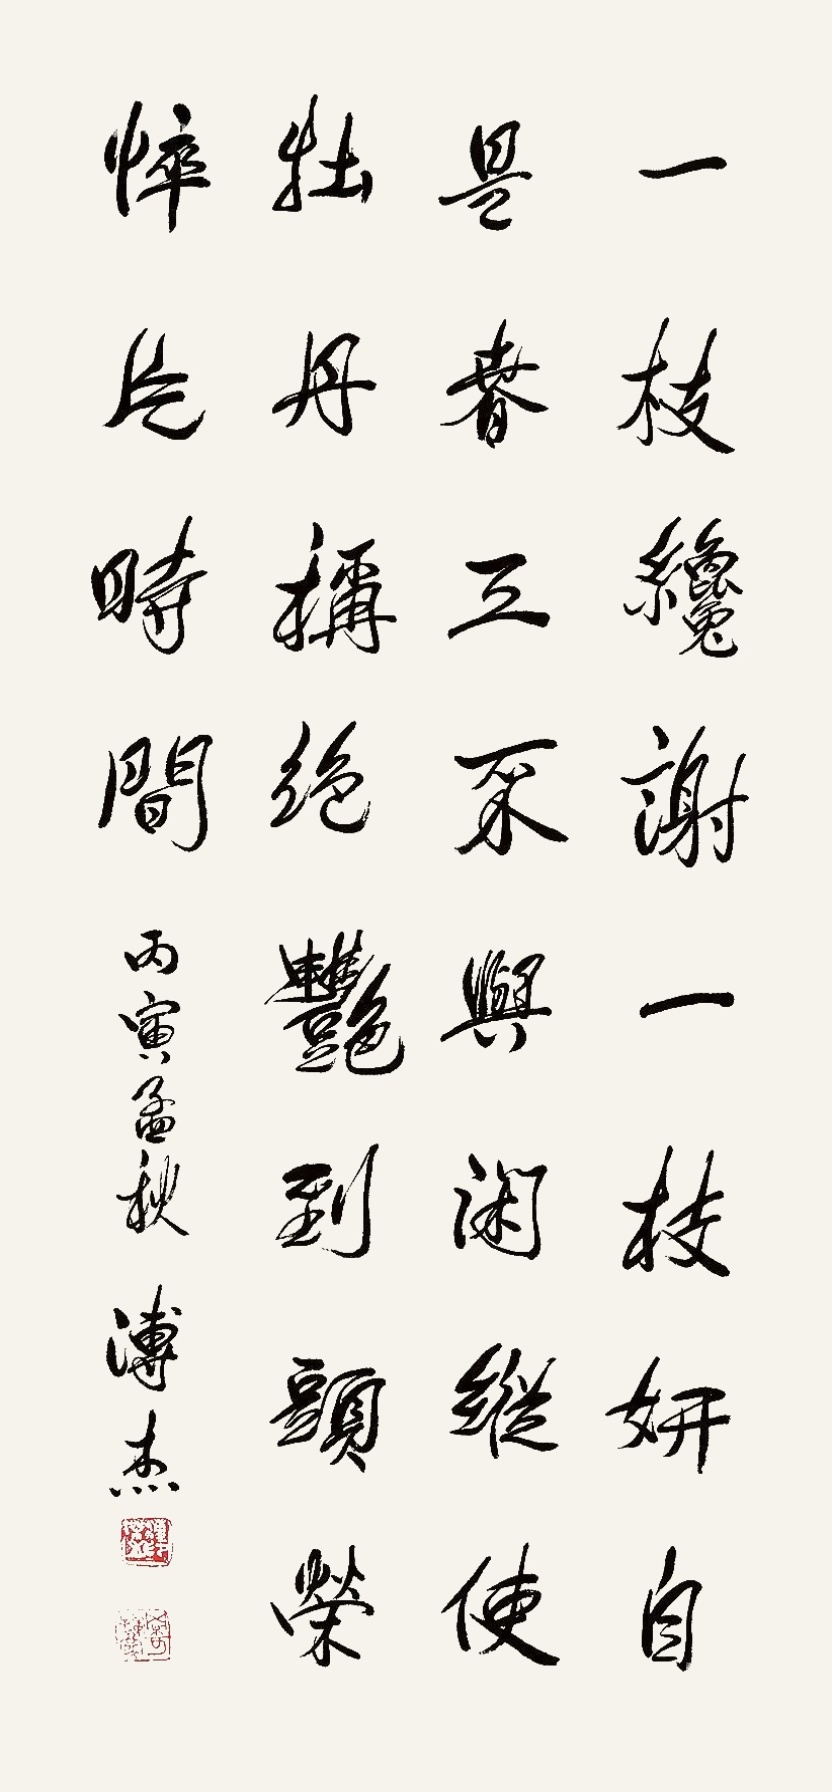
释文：一支才谢一支妍，自是春工不与闲。纵使牡丹称绝艳，到头荣悴片时间。丙寅孟秋，溥杰。